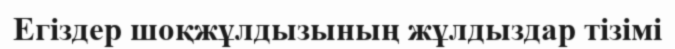
Егіздер шоқжұлдызының жұлдыздар тізімі